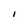
Character: I